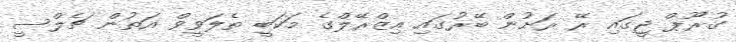
ގުރޫޕް ޖީގައި ރޭ ރަށުން ބޭރުގައި އިޒްރޭލްގެ މަކަބީ ތެލަވީވް އަތުން ޗެލްސީ